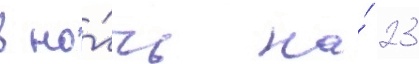
в но́чь на́ 23